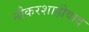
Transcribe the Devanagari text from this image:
नौकरशाहीवाद